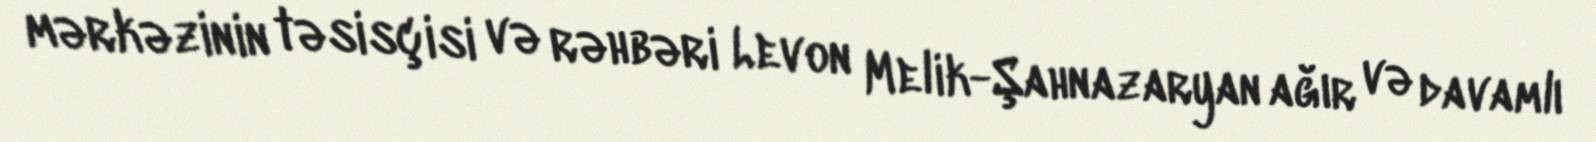
mərkəzinin təsisçisi və rəhbəri Levon Melik-Şahnazaryan ağır və davamlı